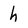
Character: h